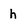
Character: h